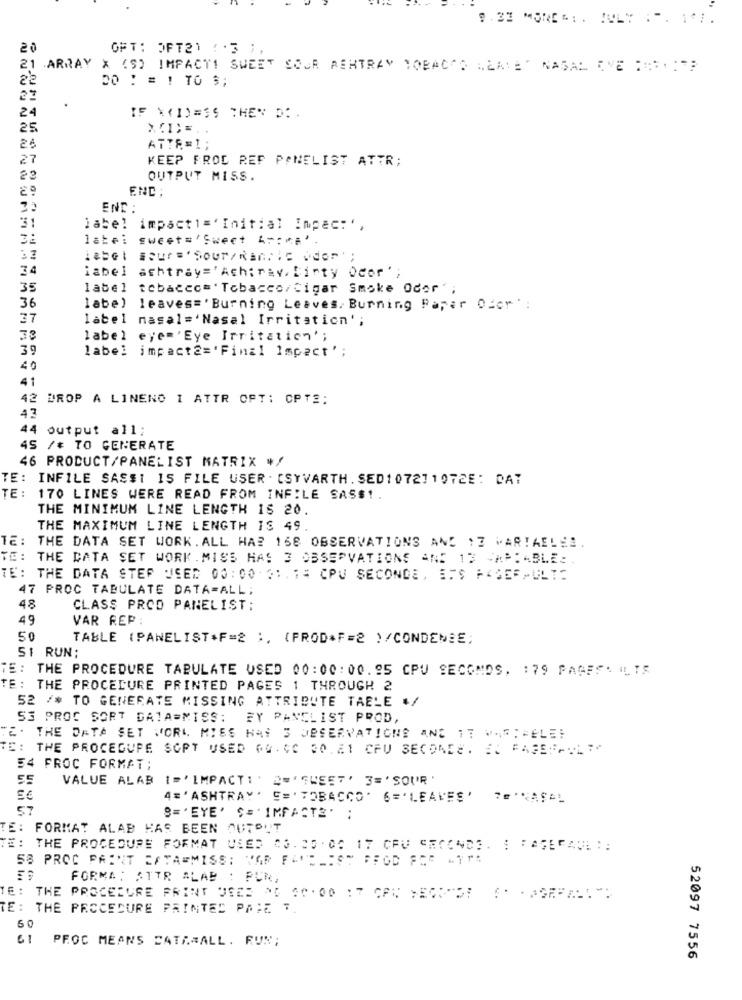
20
OFT: OFT21 : · 3 ;,
21 ARRAY X (S) IMPACT! SWEET COUR PERTRAY TOBACCO ALAVET NASAL EVE PATH :"
22
20 ! = ! TO $;
27
.
24
25
26
ATTE=1;
27
KEEP PROC REF PANELIST ATTR;
22
OUTPUT MISS.
END:
END:
31
label impacti=' Initial Impac: ',
3:
sweet='Sweet 4 ::*;*.
-
. 4
74
iabel ashtray='Ach;rev. birty Ocor ';
35
label tobacco=' Tobacco/Cigar Smoke Oder'
36
labe) leaves='Burning Leaves, Burning Paper Ofor ' :
37
label nasal='Nasal Irritation';
33
label eyem'Eye Irritation';
39
label impact2=' Final Impact';
40
41
42 DROP A LINENO 1 ATTR OFT: CPTS:
43
{ output all:
45 /* TO GENERATE
46 PRODUCT/PANELIST MATRIX */
TE: INFILE SASSI IS FILE USER . [SYVARTH. SED107211972E: DAT
TE :
170 LINES WERE READ FROM INFILE SASS!
THE MINIMUM LINE LENGTH IS 20.
THE MAXIMUM LINE LENGTH IS 49.
12: THE DATA SET WORK. ALL HAS 158 OBSERVATIONS AND : 7 MARTAELES.
TE: THE DATA SET WORK . MISS HAS 3 OBSERVATIONS ANS 13 -APIABLE:
TE: THE DATA STEP USED 00:00 31.14 CPU SECONDE, ITS PAGERPULT:
47 PROC TABULATE DATA=ALL;
48
CLASS PROO PANELIST:
49
VAR REP:
50
TABLE (PANELIST*F=2 :, (PROD*F=2 )/CONDENSE;
51 RUN:
E: THE PROCEDURE TABULATE USED 00:00: 00. 95 CPU SECONDS. : 79 PAGES. IL IS
TE: THE PROCEDURE PRINTED PAGES 1 THROUGH 2
52 /* TO GENERATE MISSING ATTRIBUTE TABLE ./
53 PROC SORT DATA=MISS: FY PANELIST PROD,
TE. THE DATA SET WORL MIES HAS S OBSERVATIONS AND IT WASTRELE:
TE: THE PROCEDURE SOPT USED QQ. CO 30. A1 CFU SECONDE. EX FAGE"-"L"+
54 PROC FORMAT;
55
VALUE ALAB
1=' IMPACTI' ='SWEET' 3='SOUR'
5€
4= ' ASHTRAY.
"= ' TOBACCO " 6='LEAVES'
7#*NASAL
57
B= 'EYE' S= 'IMPACTE' :
TE: FORMAT ALAB HAS BEEN OUTOUT
TE: THE PROCEDURE FORMAT USED 09. 85 : 06 17 CPU SECONDS. S FASEPAUL !:
58 PROC PAINT ESTA=MISS; VAR FANELIST FFOD FRE ATTA
FORMA: ATTR ALAB : FUR,
TE: THE PROCEDURE PRINT JEED AG 60.00 : 7 CAN SECONDS " -AREALL"
TE: THE PROCEDURE PRINTED PRIE T.
50
61
PROC MEANS CATAMALL. RUN;
52097 7556